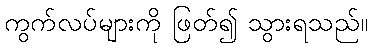
ကွက်လပ်များကို ဖြတ်၍ သွားရသည်။